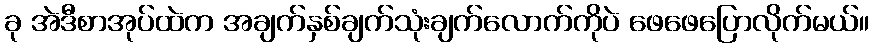
ခု အဲဒီစာအုပ်ထဲက အချက်နှစ်ချက်သုံးချက်လောက်ကိုပဲ ဖေဖေပြောလိုက်မယ်။